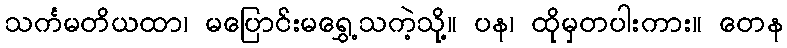
သင်္ကမတိယထာ၊ မပြောင်းမရွှေ့သကဲ့သို့။ ပန၊ ထိုမှတပါးကား။ တေန